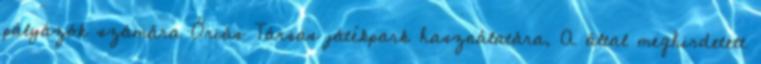
pályázók számára Óriás Társas játékpark használatára. A által meghirdetett